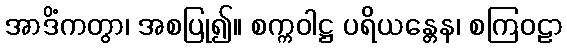
အာဒိံကတွာ၊ အစပြု၍။ စက္ကဝါဋ္ဌ ပရိယန္တေန၊ စကြဝဠာ